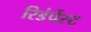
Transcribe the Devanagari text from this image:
रिडंर्पेस्ट